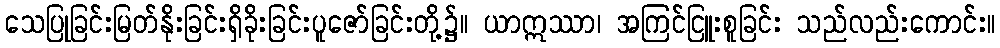
သေပြုခြင်းမြတ်နိုးခြင်းရှိခိုးခြင်းပူဇော်ခြင်းတို့၌။ ယာဣဿာ၊ အကြင်ငြူးစူခြင်း သည်လည်းကောင်း။